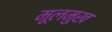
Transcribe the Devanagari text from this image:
मूलमुख